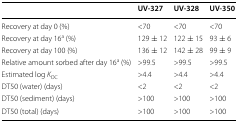
|  | UV-327 | UV-328 | UV-350 |
 | --- | --- | --- | --- |
 | Recovery at day 0 (%) | <70 | <70 | <70 |
 | Recovery at day 16a (%) | 129 ± 12 | 122 ± 15 | 93 ± 6 |
 | Recovery at day 100 (%) | 136 ± 12 | 142 ± 28 | 99 ± 9 |
 | Relative amount sorbed after day 16a (%) | >99.5 | >99.5 | >99.5 |
 | Estimated log KOC | >4.4 | >4.4 | >4.4 |
 | DT50 (water) (days) | <2 | <2 | <2 |
 | DT50 (sediment) (days) | >100 | >100 | >100 |
 | DT50 (total) (days) | >100 | >100 | >100 |